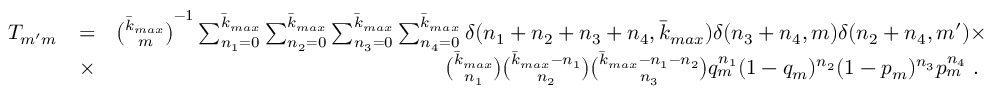
\begin{array} { r l r } { T _ { m ^ { \prime } m } } & { = } & { \binom { \bar { k } _ { m a x } } { m } ^ { - 1 } \sum _ { n _ { 1 } = 0 } ^ { \bar { k } _ { m a x } } \sum _ { n _ { 2 } = 0 } ^ { \bar { k } _ { m a x } } \sum _ { n _ { 3 } = 0 } ^ { \bar { k } _ { m a x } } \sum _ { n _ { 4 } = 0 } ^ { \bar { k } _ { m a x } } \delta ( n _ { 1 } + n _ { 2 } + n _ { 3 } + n _ { 4 } , { \bar { k } _ { m a x } } ) \delta ( n _ { 3 } + n _ { 4 } , m ) \delta ( n _ { 2 } + n _ { 4 } , m ^ { \prime } ) \times } \\ & { \times } & { \binom { { \bar { k } _ { m a x } } } { n _ { 1 } } \binom { { \bar { k } _ { m a x } } - n _ { 1 } } { n _ { 2 } } \binom { { \bar { k } _ { m a x } } - n _ { 1 } - n _ { 2 } } { n _ { 3 } } q _ { m } ^ { n _ { 1 } } ( 1 - q _ { m } ) ^ { n _ { 2 } } ( 1 - p _ { m } ) ^ { n _ { 3 } } p _ { m } ^ { n _ { 4 } } \ . \ } \end{array}